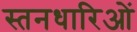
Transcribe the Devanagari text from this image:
स्तनधारिओं